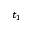
t _ { 1 }